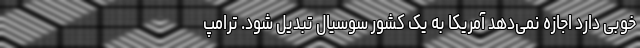
خوبی دارد اجازه نمی‌دهد آمریکا به یک کشور سوسیال تبدیل شود. ترامپ